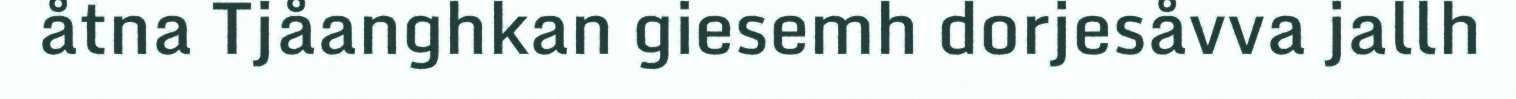
åtna Tjåanghkan giesemh dorjesåvva jallh